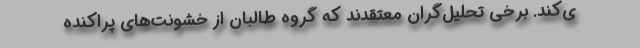
ی‌کند. برخی تحلیل‌گران معتقدند که گروه طالبان از خشونت‌های پراکنده